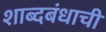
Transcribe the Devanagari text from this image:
शाब्दबंधाची